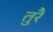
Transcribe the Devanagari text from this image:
तुरै